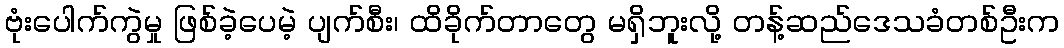
ဗုံးပေါက်ကွဲမှု ဖြစ်ခဲ့ပေမဲ့ ပျက်စီး၊ ထိခိုက်တာတွေ မရှိဘူးလို့ တန့်ဆည်ဒေသခံတစ်ဦးက